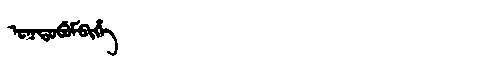
Manchu: ᠣᡴᡩᠣᠪᡠᠮᠪᡳᡥᡝ
Romanization: OKDOBUMBIHE